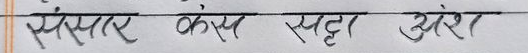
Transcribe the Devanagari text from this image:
संसारै कोप सहो अंश